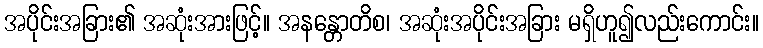
အပိုင်းအခြား၏ အဆုံးအားဖြင့်။ အနန္တောတိစ၊ အဆုံးအပိုင်းအခြား မရှိဟူ၍လည်းကောင်း။